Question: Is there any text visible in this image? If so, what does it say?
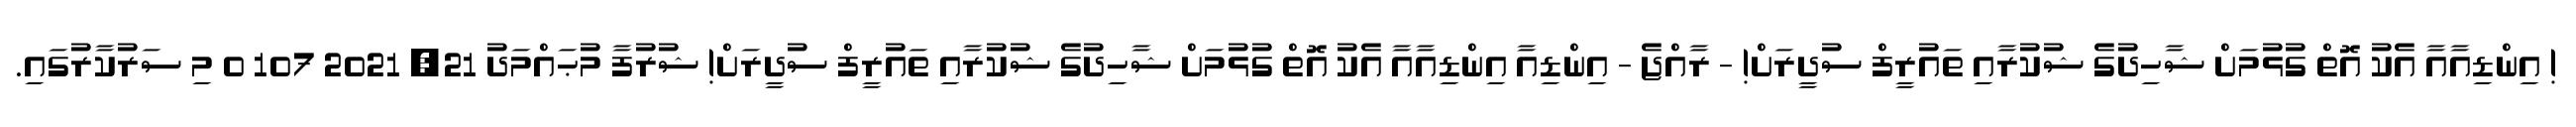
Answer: ! އިންޑިއާއާ އެކު އޮތް ގުޅުމަށް ޝާހިދުގެ ޝުކުރާއި ތައުރީފް ސުދީރަށް! - ރާއްޖެ - އިންޑިއާ އިންޑިއާއާ އެކު އޮތް ގުޅުމަށް ޝާހިދުގެ ޝުކުރާއި ތައުރީފް ސުދީރަށް! ޝުރުފާ މުޙައްމަދު 21, 2021 107 0 މި ސަރުކާރުގައި.